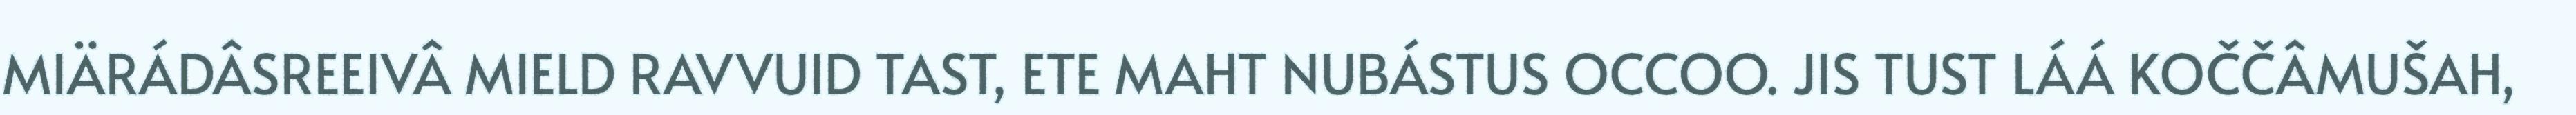
MIÄRÁDÂSREEIVÂ MIELD RAVVUID TAST, ETE MAHT NUBÁSTUS OCCOO. JIS TUST LÁÁ KOČČÂMUŠAH,